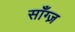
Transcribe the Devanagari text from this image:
साँग्ज़